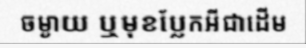
ចម្ងាយ ឬមុខប្លែកអីជាដើម